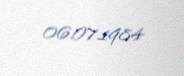
06.07.1984